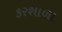
કરશાળા